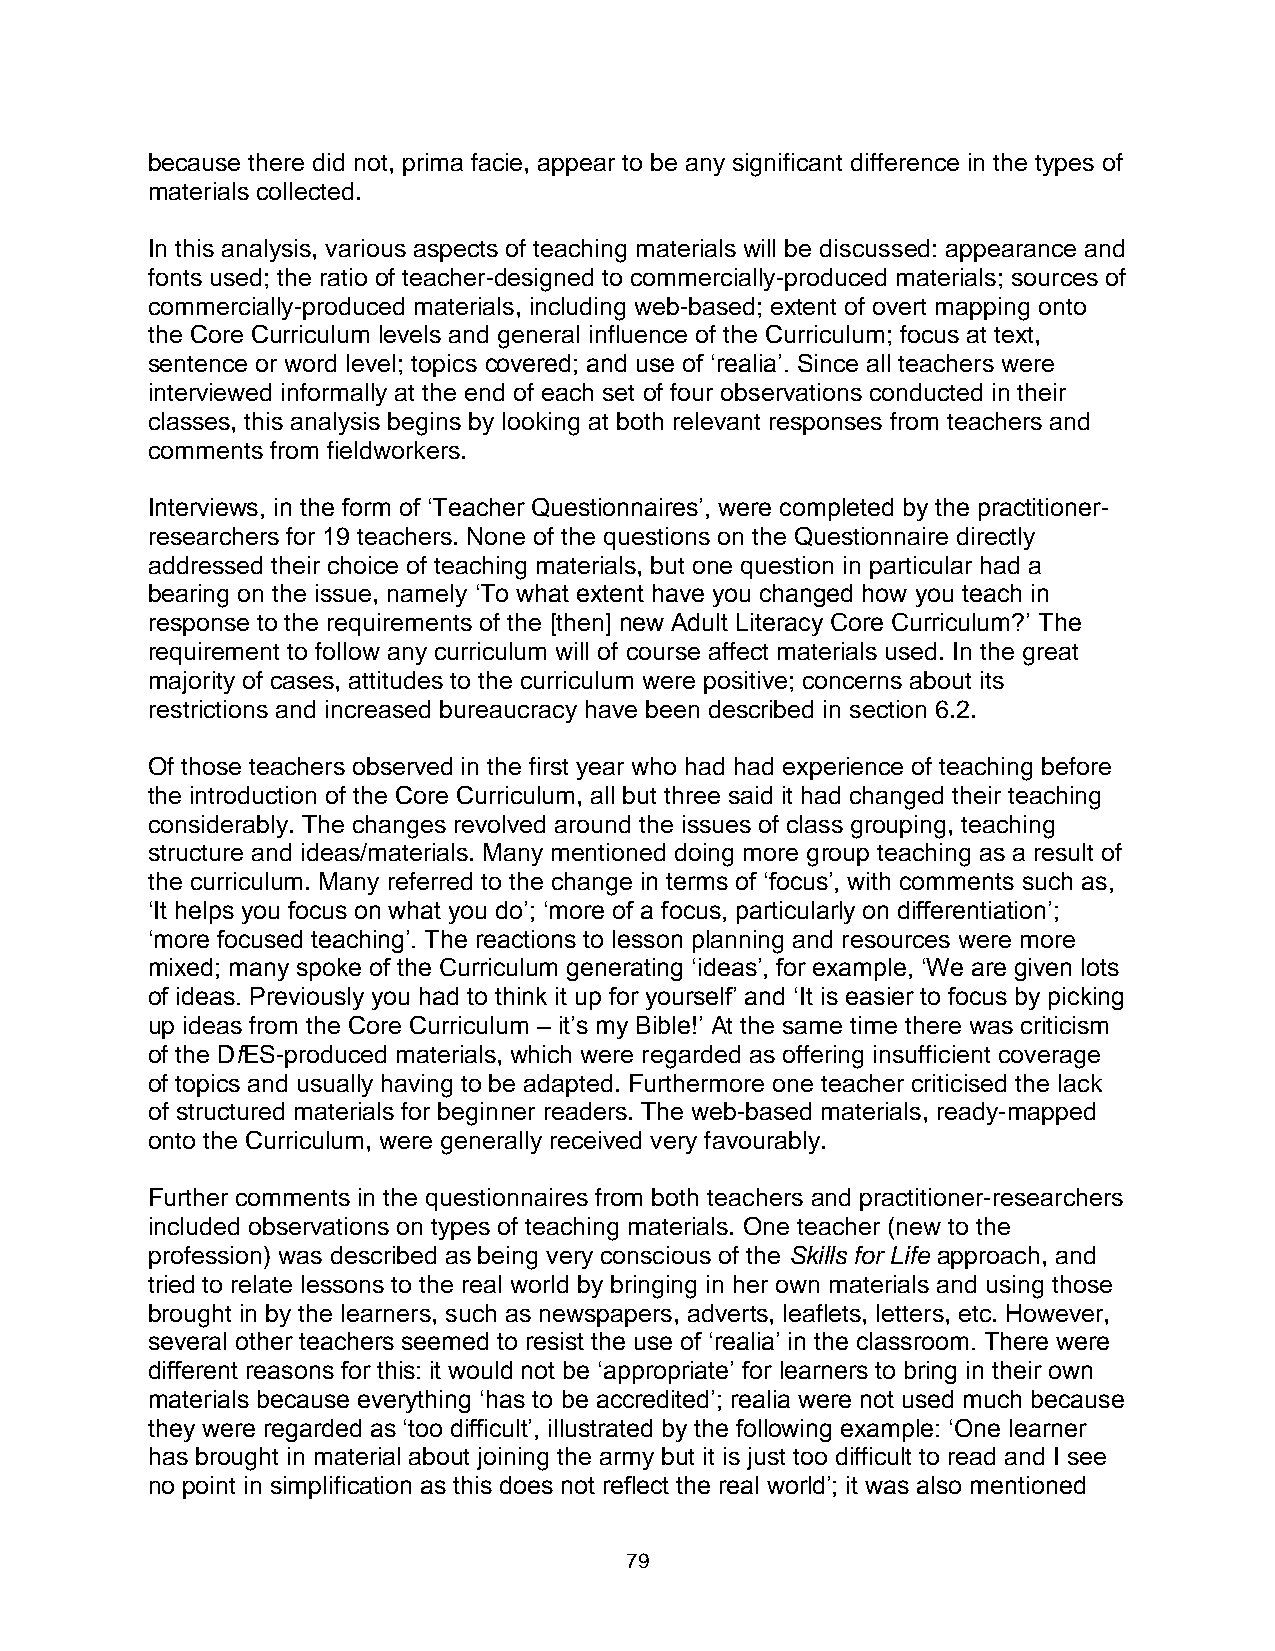
because there did not, prima facie, appear to be any significant difference in the types of
 materials collected.
 In this analysis, various aspects of teaching materials will be discussed: appearance and
 fonts used; the ratio of teacher-designed to commercially-produced materials; sources of
 commercially-produced materials, including web-based; extent of overt mapping onto
 the Core Curriculum levels and general influence of the Curriculum; focus at text,
 sentence or word level; topics covered; and use of ‘realia’. Since all teachers were
 interviewed informally at the end of each set of four observations conducted in their
 classes, this analysis begins by looking at both relevant responses from teachers and
 comments from fieldworkers.
 Interviews, in the form of ‘Teacher Questionnaires’, were completed by the practitioner-
 researchers for 19 teachers. None of the questions on the Questionnaire directly
 addressed their choice of teaching materials, but one question in particular had a
 bearing on the issue, namely ‘To what extent have you changed how you teach in
 response to the requirements of the [then] new Adult Literacy Core Curriculum?’ The
 requirement to follow any curriculum will of course affect materials used. In the great
 majority of cases, attitudes to the curriculum were positive; concerns about its
 restrictions and increased bureaucracy have been described in section 6.2.
 Of those teachers observed in the first year who had had experience of teaching before
 the introduction of the Core Curriculum, all but three said it had changed their teaching
 considerably. The changes revolved around the issues of class grouping, teaching
 structure and ideas/materials. Many mentioned doing more group teaching as a result of
 the curriculum. Many referred to the change in terms of ‘focus’, with comments such as,
 ‘It helps you focus on what you do’; ‘more of a focus, particularly on differentiation’;
 ‘more focused teaching’. The reactions to lesson planning and resources were more
 mixed; many spoke of the Curriculum generating ‘ideas’, for example, ‘We are given lots
 of ideas. Previously you had to think it up for yourself’ and ‘It is easier to focus by picking
 up ideas from the Core Curriculum – it’s my Bible!’ At the same time there was criticism
 of the DfES-produced materials, which were regarded as offering insufficient coverage
 of topics and usually having to be adapted. Furthermore one teacher criticised the lack
 of structured materials for beginner readers. The web-based materials, ready-mapped
 onto the Curriculum, were generally received very favourably.
 Further comments in the questionnaires from both teachers and practitioner-researchers
 included observations on types of teaching materials. One teacher (new to the
 profession) was described as being very conscious of the Skills for Life approach, and
 tried to relate lessons to the real world by bringing in her own materials and using those
 brought in by the learners, such as newspapers, adverts, leaflets, letters, etc. However,
 several other teachers seemed to resist the use of ‘realia’ in the classroom. There were
 different reasons for this: it would not be ‘appropriate’ for learners to bring in their own
 materials because everything ‘has to be accredited’; realia were not used much because
 they were regarded as ‘too difficult’, illustrated by the following example: ‘One learner
 has brought in material about joining the army but it is just too difficult to read and I see
 no point in simplification as this does not reflect the real world’; it was also mentioned
 79